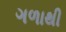
ગળાથી